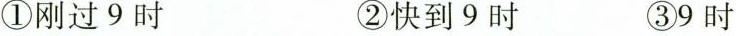
①刚过9时 ②快到9时 ③9时